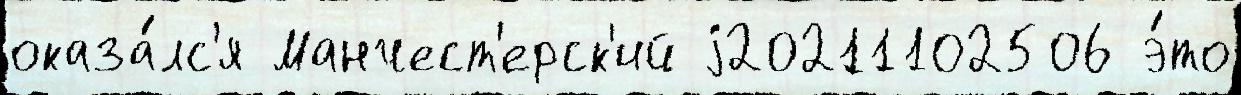
оказа́лс'я Манчест'ерск'ий j20211102506 э́то